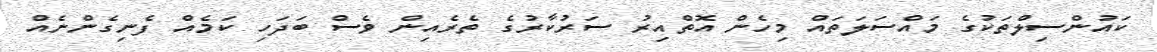
ކައުންސިލްތަކުގެ މައްސަލަތައް މިހެން އޮތްއިރު ސަރުކާރުގެ ތެރެއިން ވެސް ބަދަހި ކަމެއް ފެނިގެންނެއް